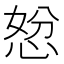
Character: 𭝇